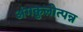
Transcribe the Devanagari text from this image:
अंगकुलोत्पन्न